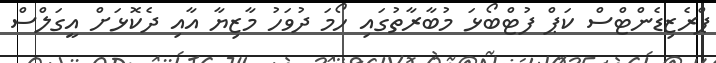
ޕްރެޒިޑެންޓްސް ކަޕް ފުޓްބޯޅަ މުބާރާތުގައި ހޯމަ ދުވަހު މާޒިޔާ އާއި ދެކޮޅަށް އީގަލްސް